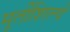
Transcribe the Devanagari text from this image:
मूर्तीशिल्पे